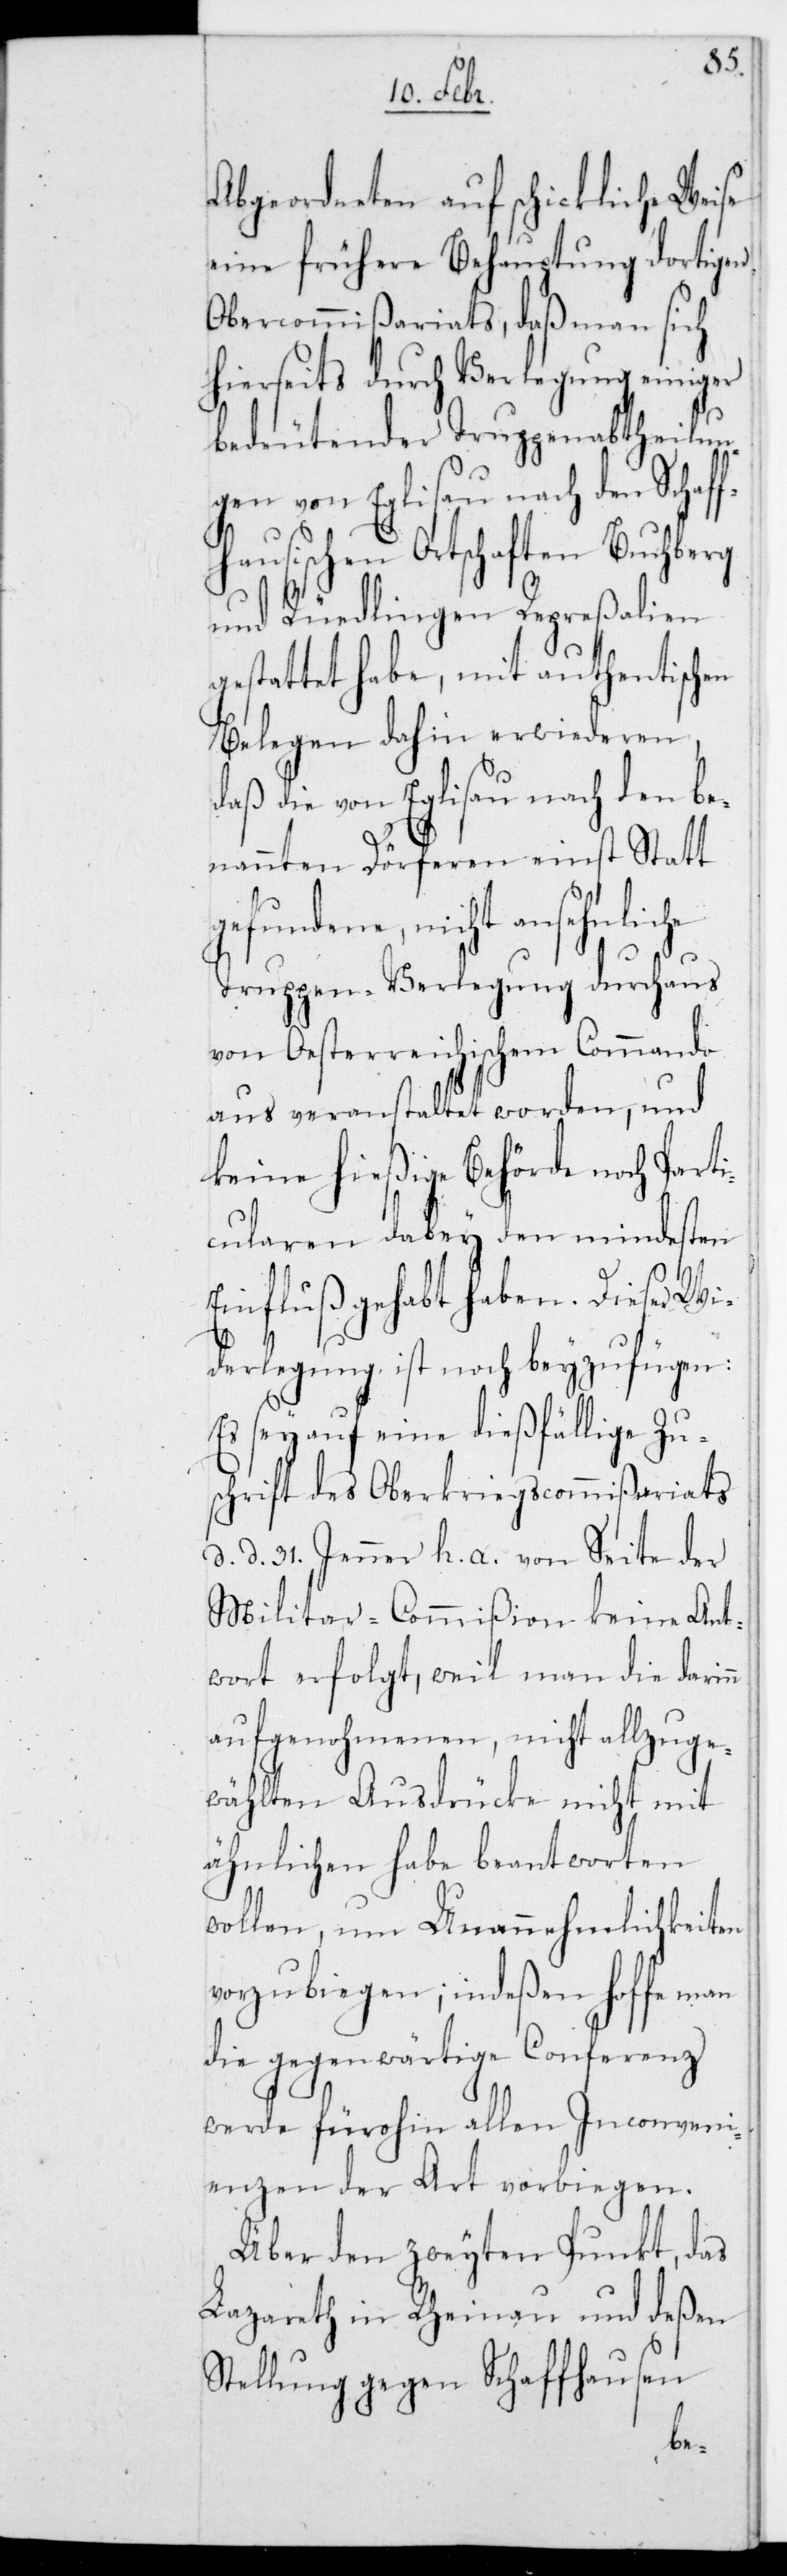
Abgeordneten auf schickliche Weise
eine frühere Behauptung dortigen
Obercommißariats, daß man sich
hierseits durch Verlegung einiger
bedeutender Truppenabtheilun¬
gen von Eglisau nach den Schaff¬
hausischen Ortschaften Buchberg
und Rüdlingen Repreßalien
gestattet habe, mit authentischen
Belegen dahin erwideren,
daß die von Eglisau nach den be¬
nannten Dörferen einst Statt
gefundene, nicht ansehnliche
Truppen-Verlegung durchaus
von Oesterreichischem Commando
aus veranstaltet worden, und
keine hießige Behörde noch Part¬
icularen dabey den mindesten
Einfluß gehabt haben. Dieser Wi¬
derlegung ist noch beyzufügen:
Es sey auf eine dießfällige Zu¬
schrift des Oberkriegscommißariats,
d. d. 31. Jenner h. a. von Seite der
Militar-Commißion keine Ant¬
wort erfolgt, weil man die darin
aufgenohmenen, nicht allzu ge¬
wählten Ausdrücke nicht mit
ähnlichen habe beantworten
wollen, um Unannehmlichkeiten
vorzubiegen; indeßen hoffe man
die gegenwärtige Conferenz
werde fürohin allen Inconveni¬
enzen der Art vorbiegen.
Über den zweyten Punkt, das
Lazareth in Rheinau und deßen
Stellung gegen Schaffhausen